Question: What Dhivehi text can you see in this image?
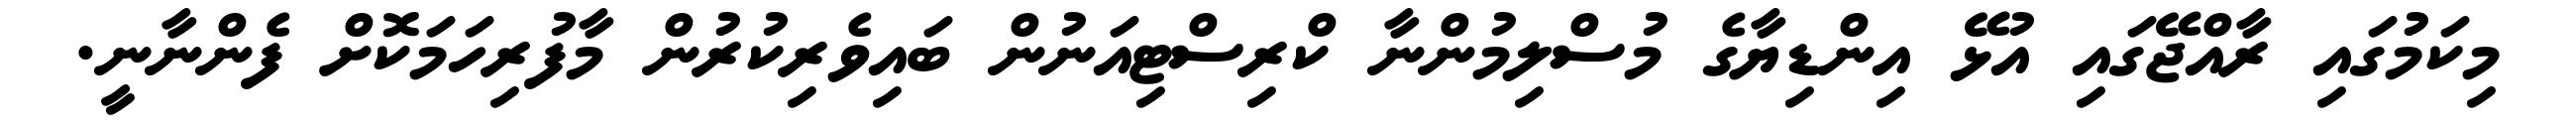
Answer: މިކަމުގައި ރާއްޖޭގައި އުޅޭ އިންޑިޔާގެ މުސްލިމުންނާ ކްރިސްޓިއަނުން ބައިވެރިކުރުން މާފުރިހަމަކޮށް ފެންނާނީ.